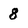
Character: 8